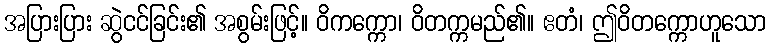
အပြားပြား ဆွဲငင်ခြင်း၏ အစွမ်းဖြင့်။ ဝိကက္ကော၊ ဝိတက္ကမည်၏။ ဧတံ၊ ဤဝိတက္ကောဟူသော